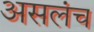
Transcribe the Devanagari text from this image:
असलंच